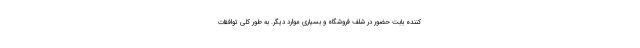
کننده بابت حضور در شلف فروشگاه و بسیاری موارد دیگر. به طور کلی توافقات